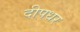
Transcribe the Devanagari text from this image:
दीपधर